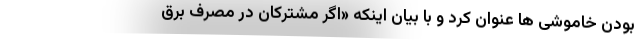
بودن خاموشی ها عنوان کرد و با بیان اینکه «اگر مشترکان در مصرف برق